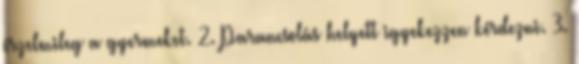
érzelmileg a gyermeket. 2. Parancsolás helyett igyekezzen kérdezni. 3.